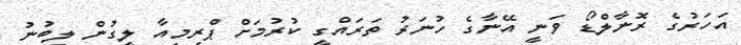
އަހަރުގެ ރޮނާލްޑޯ ވަނީ އޭނާގެ ހުނަރު ތަރައްގީ ކުރުމަށް ޕްރިމިއާ ލީގުން ލިބުނު